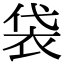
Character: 袋